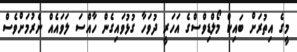
މީގެ އިތުރަށް ބައިކް މޯލްޑިވްސްގެ އަހަރީ ދުވަހާ ގުޅުވައިގެން ހާއްސަ ލަވައެއް ނެރުމަށްވެސް